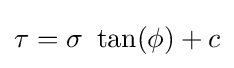
\tau =\sigma ~\tan(\phi )+c